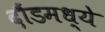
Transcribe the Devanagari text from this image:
दौंडमध्ये